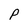
Character: p